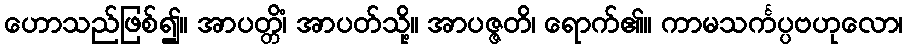
ဟောသည်ဖြစ်၍။ အာပတ္တိံ၊ အာပတ်သို့။ အာပဇ္ဇတိ၊ ရောက်၏။ ကာမသင်္ကပ္ပဗဟုလော၊